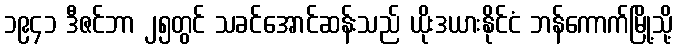
၁၉၄၁ ဒီဇင်ဘာ ၂၅တွင် သခင်အောင်ဆန်းသည် ယိုးဒယားနိုင်ငံ ဘန်ကောက်မြို့သို့